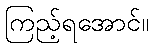
ကြည့်ရအောင်။